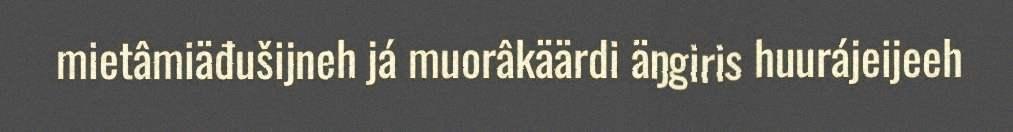
mietâmiäđušijneh já muorâkäärdi äŋgiris huurájeijeeh